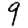
Digit: 9